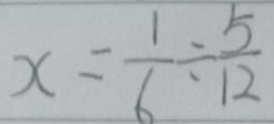
x = \frac { 1 } { 6 } \div \frac { 5 } { 1 2 }